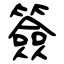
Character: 簽